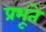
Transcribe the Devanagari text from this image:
प्रभूते